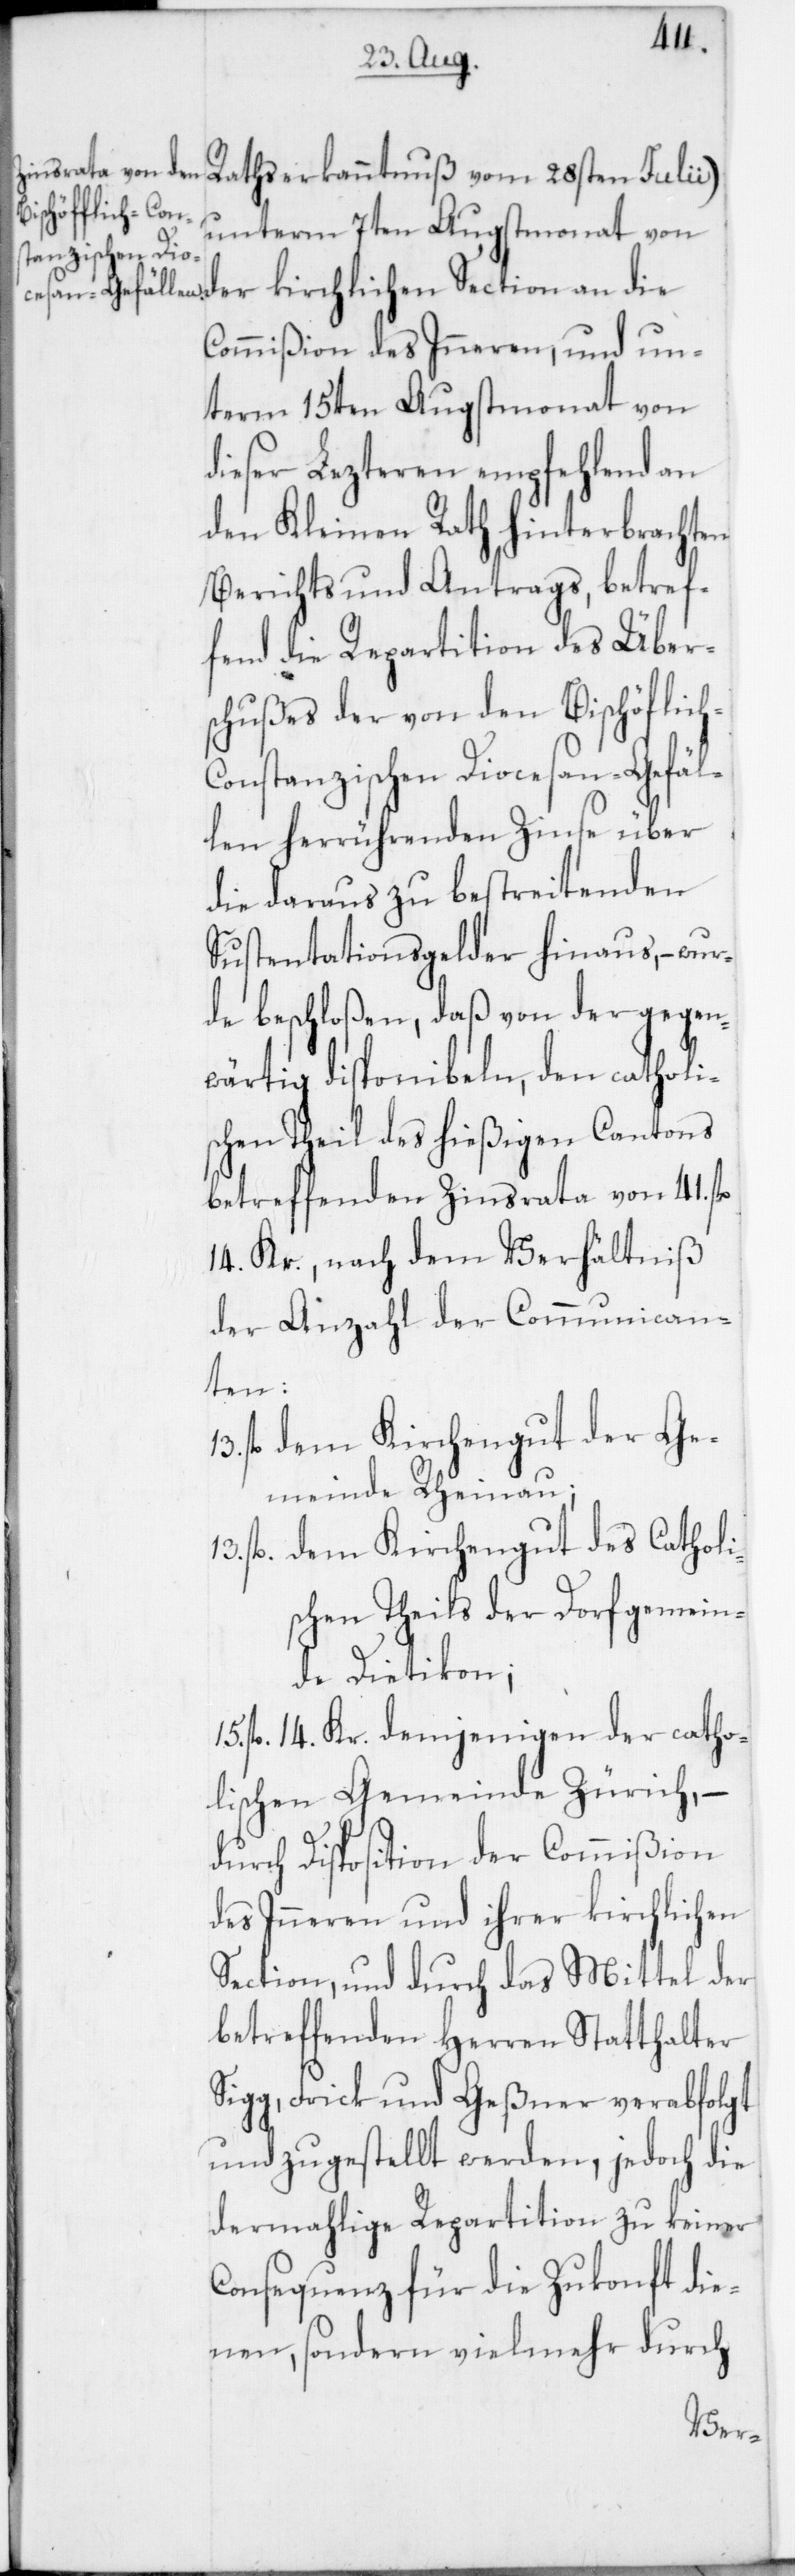
h-C¬
unterm 7ten Augstmonat von
Commißion des Inneren, und un¬
term 15ten Augstmonat von
dieser Lezteren empfehlend an
den Kleinen Rath hinterbrachten
Berichts und Antrags, betref¬
fend die Repartition des Über¬
schußes der von den Bischöflic¬
onstanzischen Diocesan-Gefäl¬
len herrührenden Zinse über
die daraus zu bestreitenden
Sustentationsgelder hinaus, – wur¬
de beschloßen, daß von der gegen¬
wärtig disponibeln, den catholi¬
schen Theil des hießigen Cantons
betreffenden Zinsrata von 41. fl.
14. Kr., nach dem Verhältniß
der Anzahl der Communican¬
ten:
fl. dem Kirchengut der Ge¬
meinde Rheinau;
13. fl. dem Kirchengut des Catholi¬
schen Theils der Dorfgemein¬
de Dietikon;
fl. 14. Kr. demjenigen der catho¬
lischen Gemeinde Zürich, –
durch Disposition der Commißion
des Inneren und ihrer kirchlichen
Section, und durch das Mittel der
betreffenden Herren Statthalter
Sigg, Frick und Geßner verabfolgt
und zugestellt werden, jedoch die
dermahlige Repartition zu keiner
Consequenz für die Zukonft die¬
nen, sondern vielmehr durch